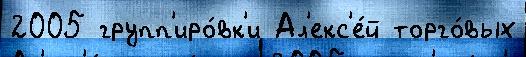
2005 групп'иро́вк'и Ал'екс'е́й торго́вых